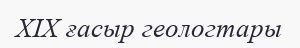
XIX ғасыр геологтары